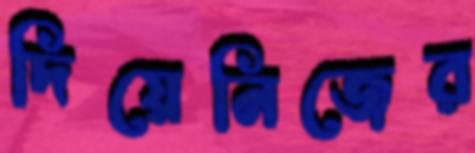
দিয়েনিজের